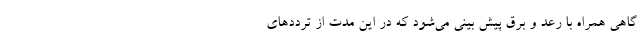
گاهی همراه با رعد و برق پیش بینی می‌شود که در این مدت از تردد‌های